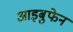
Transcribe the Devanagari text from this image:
आइबुफेन